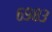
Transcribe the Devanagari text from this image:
६९८३